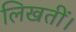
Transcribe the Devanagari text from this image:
लिखतीं।